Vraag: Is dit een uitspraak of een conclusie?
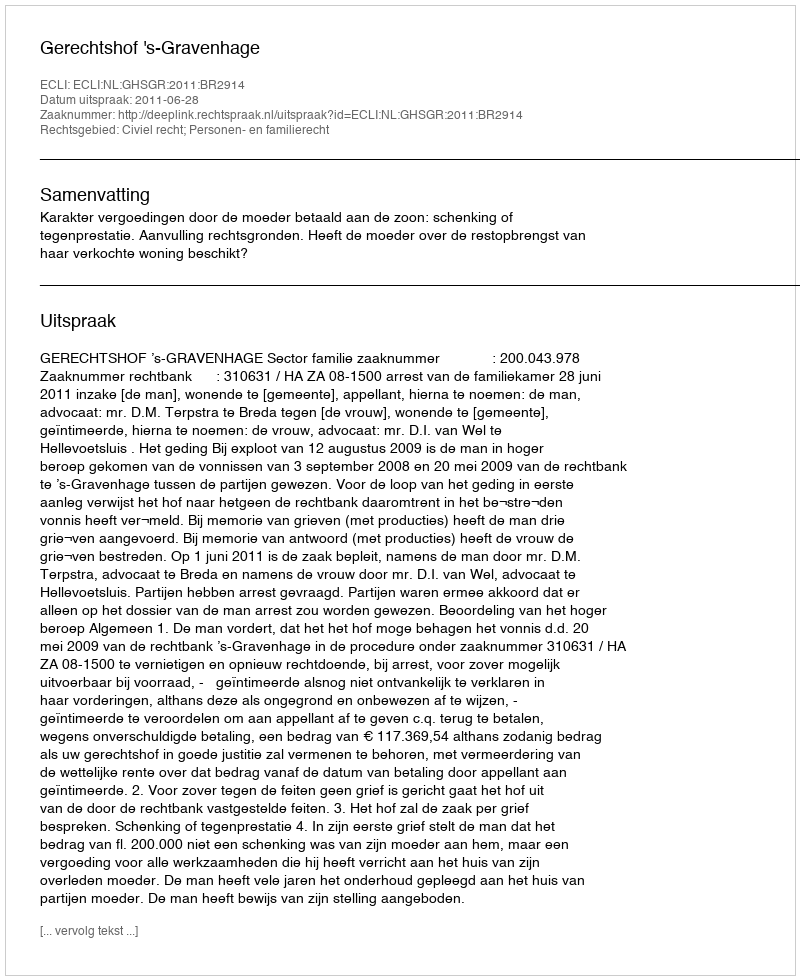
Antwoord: Uitspraak